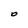
Character: O